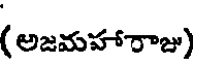
(అజమహారాజు)